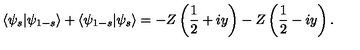
\langle \psi _ { s } \vert \psi _ { 1 - s } \rangle + \langle \psi _ { 1 - s } \vert \psi _ { s } \rangle = - Z \left( \frac { 1 } { 2 } + i y \right) - Z \left( \frac { 1 } { 2 } - i y \right) .